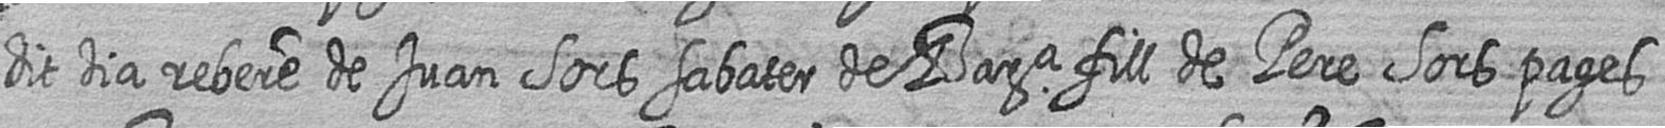
dit dia rebere de Juan Sors sabater de Bara fill de Pere Sors pages